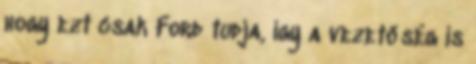
hogy ezt csak Ford tudja, így a vezetőség is